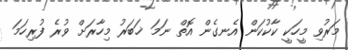
މަރުވި މީހަކީ ކާކުކަން އެނގެން އޮތް ނަމަ ޚަބަރު މިހާރަށް ވުރެ ފުރިހަމަ